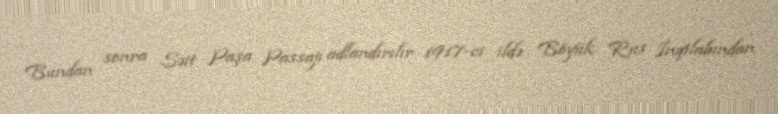
Bundan sonra Səit Paşa Passajı adlandırılır 1917-ci ildə Böyük Rus İnqilabından